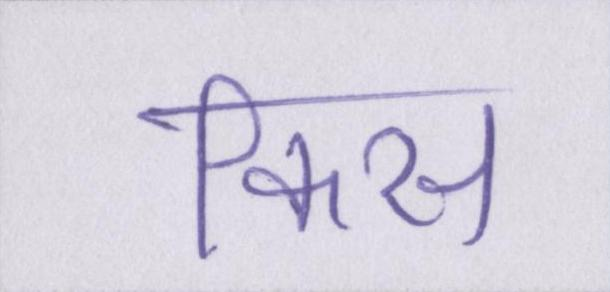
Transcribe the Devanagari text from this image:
किस